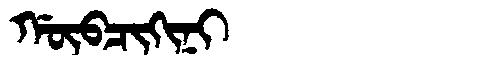
Manchu: ᡤᡡᠪᠴᡳᡴᡳᠨᡳ
Romanization: GŪBCIKINI